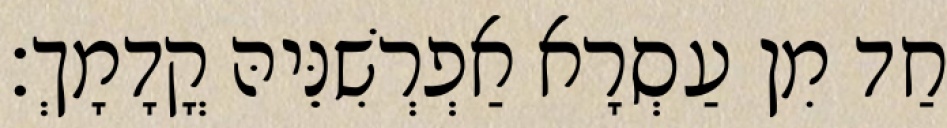
חַד מִן עַסְרָא אַפְרְשִׁנֵּיהּ קֳדָמָךְ׃